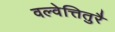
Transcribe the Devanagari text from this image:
वल्वेत्तितुरै